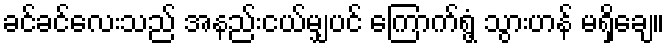
ခင်ခင်လေးသည် အနည်းငယ်မျှပင် ကြောက်ရွံ့ သွားဟန် မရှိချေ။